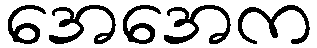
အေအေက